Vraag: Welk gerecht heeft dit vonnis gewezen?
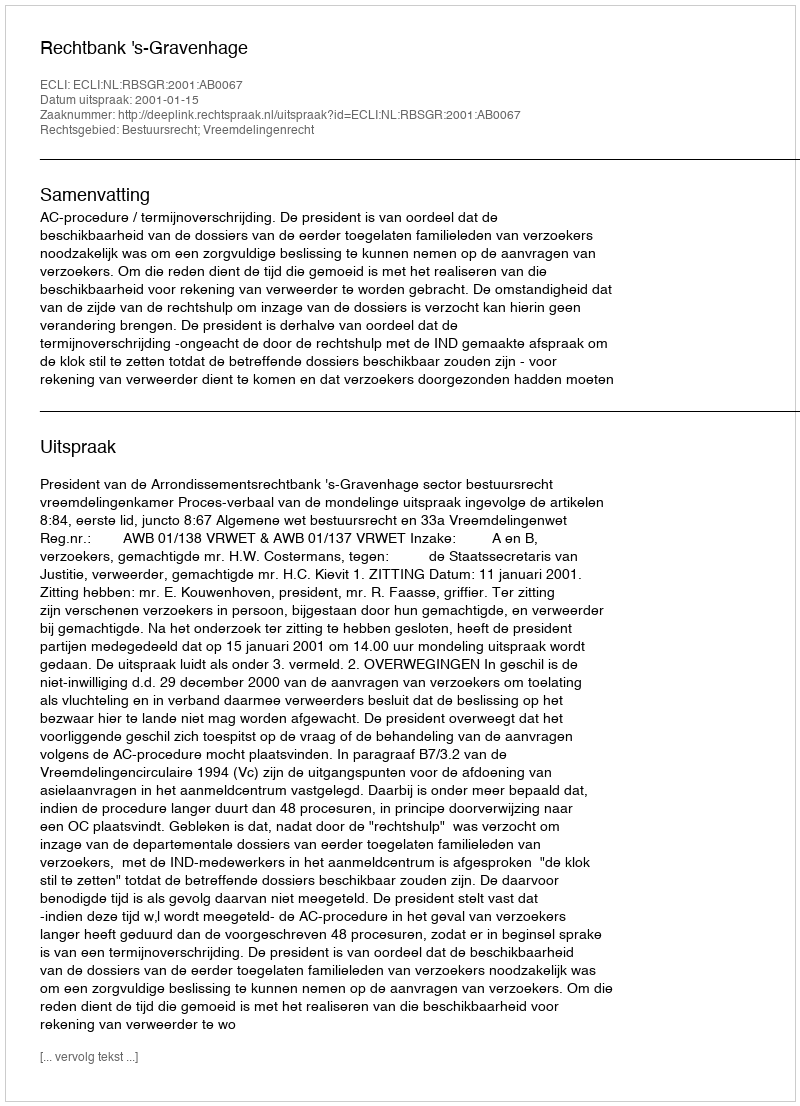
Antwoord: Rechtbank 's-Gravenhage